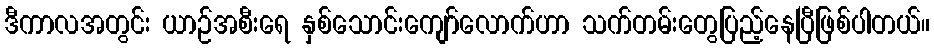
ဒီကာလအတွင်း ယာဉ်အစီးရေ နှစ်သောင်းကျော်လောက်ဟာ သက်တမ်းတွေပြည့်နေပြီဖြစ်ပါတယ်။